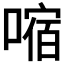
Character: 𫫠